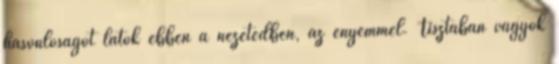
hasonlóságot látok ebben a nézetedben, az enyémmel. Tisztában vagyok